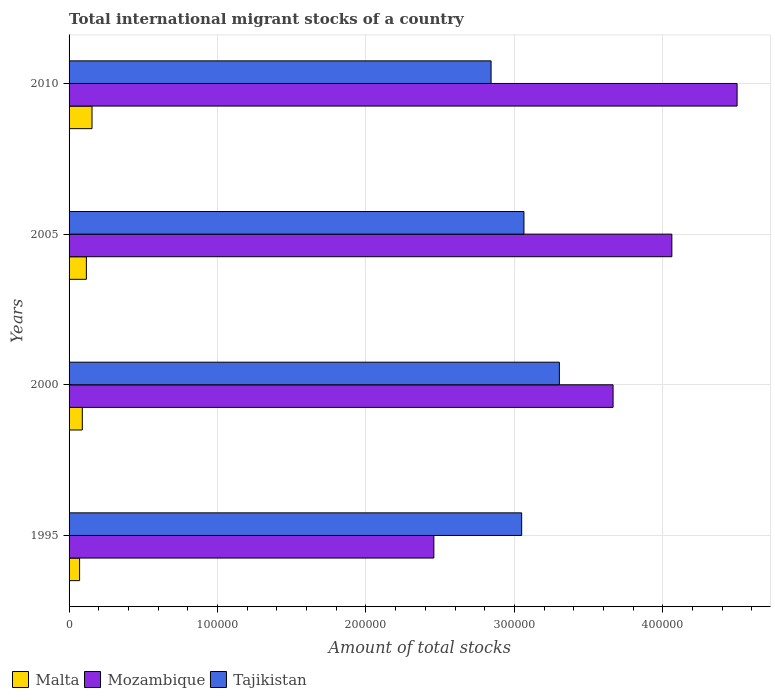
| Years | Malta | Mozambique | Tajikistan |
 | --- | --- | --- | --- |
 | 1995 | 7.09e+03 | 2.46e+05 | 3.05e+05 |
 | 2000 | 8.92e+03 | 3.66e+05 | 3.3e+05 |
 | 2005 | 1.17e+04 | 4.06e+05 | 3.06e+05 |
 | 2010 | 1.55e+04 | 4.5e+05 | 2.84e+05 |